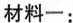
材料一：